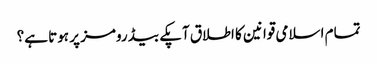
تمام اسلامی قوانین کا اطلاق آپکے بیڈ رومز پر ہوتا ہے؟